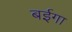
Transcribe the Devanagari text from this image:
बईगा